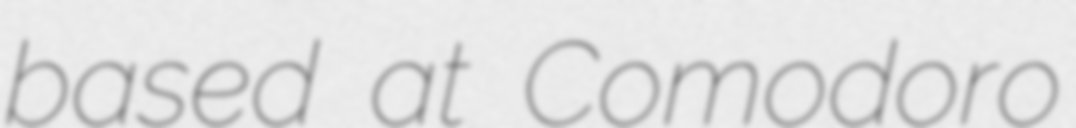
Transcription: based at Comodoro